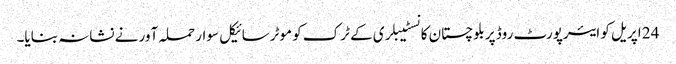
24 اپریل کو ایئرپورٹ روڈ پر بلوچستان کانسٹیبلری کے ٹرک کو موٹرسائیکل سوار حملہ آور نے نشانہ بنایا۔